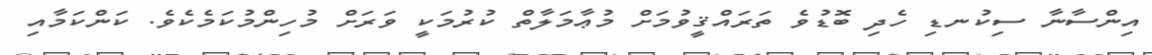
އިންސާނާ ސިކުނޑި ހެދި ބޮޑުވެ ތަރައްޤީވުމަށް މުޢާމަލާތް ކުރުމަކީ ވަރަށް މުހިންމުކަމެކެވެ. ކަންކަމާއި